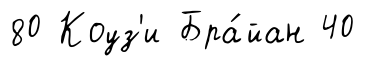
80 Коуз'и Бра́йан 40